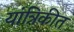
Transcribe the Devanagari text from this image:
यांत्रिकीत